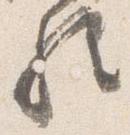
歟